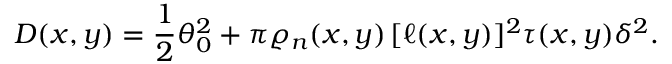
D ( x , y ) = \frac { 1 } { 2 } \theta _ { 0 } ^ { 2 } + \pi \varrho _ { n } ( x , y ) \, [ \ell ( x , y ) ] ^ { 2 } \tau ( x , y ) \delta ^ { 2 } .